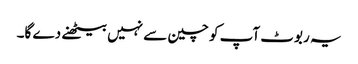
یہ ربوٹ آپ کو چین سے نہیں بیٹھنے دے گا۔